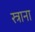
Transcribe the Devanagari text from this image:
स्त्राना